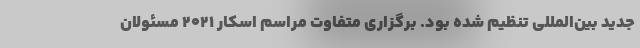
جدید بین‌المللی تنظیم شده بود. برگزاری متفاوت مراسم اسکار ۲۰۲۱ مسئولان